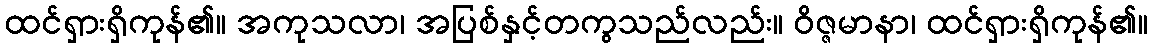
ထင်ရှားရှိကုန်၏။ အကုသလာ၊ အပြစ်နှင့်တကွသည်လည်း။ ဝိဇ္ဇမာနာ၊ ထင်ရှားရှိကုန်၏။